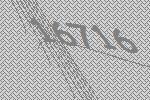
16716